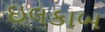
ઇલકાબ